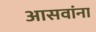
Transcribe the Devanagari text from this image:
आसवांना